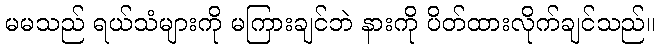
မမသည် ရယ်သံများကို မကြားချင်ဘဲ နားကို ပိတ်ထားလိုက်ချင်သည်။